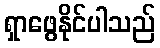
ရှာဖွေနိုင်ပါသည်